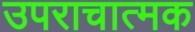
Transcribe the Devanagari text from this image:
उपराचात्मक